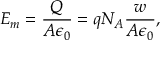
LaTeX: E _ { m } = { \frac { Q } { A \epsilon _ { 0 } } } = q N _ { A } { \frac { w } { A \epsilon _ { 0 } } } ,